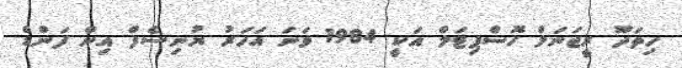
ހިތަދޫ ރީޖަނަލް ހޮސްޕިޓަލް އަކީ 1984 ވަނަ އަހަރު ޔުނިސެފް އިން ފަންޑް